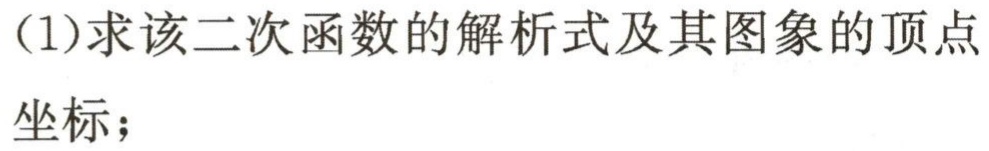
(1)求该二次函数的解析式及其图象的顶点坐标；